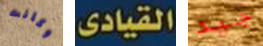
وكانت القيادى جيد